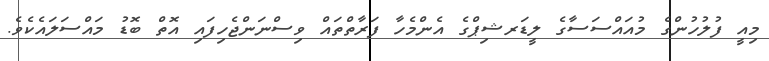
މިއީ ފުލުހުންގެ މުއައްސަސާގެ ލީޑަރޝިޕްގެ އެންމެހާ ފަރާތްތައް ވިސްނަންޖެހިފައި އޮތް ބޮޑު މައްސަލައެކެވެ.